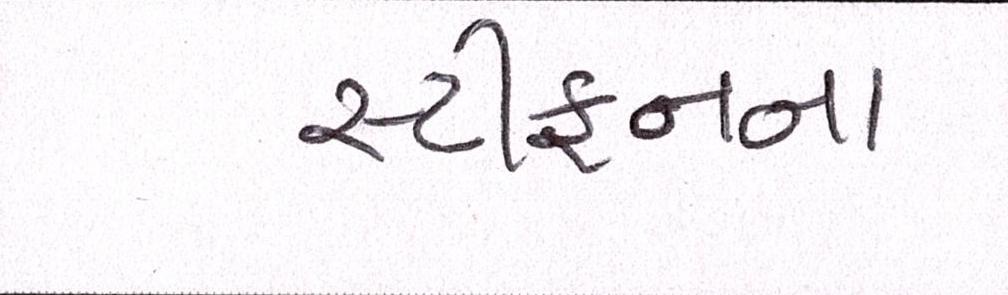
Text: સ્ટીફનના